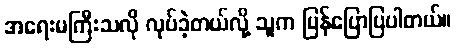
အရေးမကြီးသလို လုပ်ခဲ့တယ်လို့ သူက ပြန်ပြောပြပါတယ်။